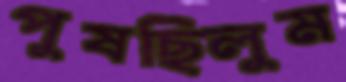
পুষছিলুম